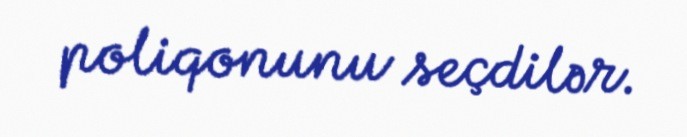
poliqonunu seçdilər.